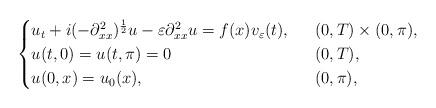
LaTeX: \begin{align*}\begin{cases}u_t + i(-\partial_{xx}^2)^{\frac{1}{2}}u-\varepsilon\partial_{xx}^2 u=f(x)v_\varepsilon (t), & \ \ (0,T)\times (0,\pi),\\u(t,0)=u(t,\pi)=0 & \ \ (0,T),\\u(0,x)=u_0(x), & \ \ (0,\pi),\end{cases}\end{align*}